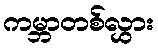
ကမ္ဘာတစ်လွှား